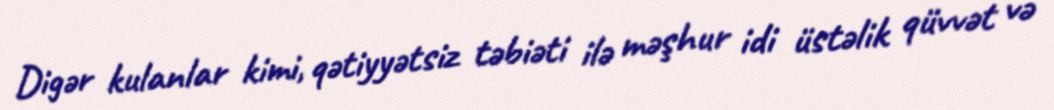
Digər kulanlar kimi, qətiyyətsiz təbiəti ilə məşhur idi üstəlik qüvvət və